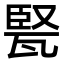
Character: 𤭠